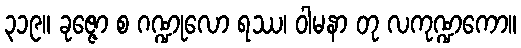
၃၁၉။ ခုဇ္ဇော စ ဂဏ္ဍုလော ရဿ၊ ဝါမနာ တု လကုဏ္ဍကော။